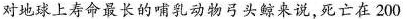
对地球上寿命最长的哺乳动物弓头鲸来说，死亡在200